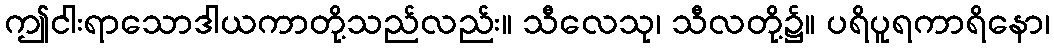
ဤငါးရာသောဒါယကာတို့သည်လည်း။ သီလေသု၊ သီလတို့၌။ ပရိပူရကာရိနော၊